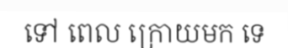
ទៅ ពេល ក្រោយមក ទេ